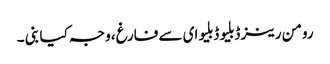
رومن رینز ڈبلیو ڈبلیو ای سے فارغ ،وجہ کیا بنی ۔